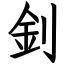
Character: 釗